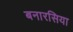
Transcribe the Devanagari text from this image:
बनारसिया